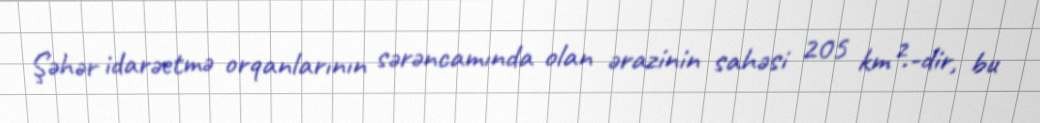
Şəhər idarəetmə orqanlarının sərəncamında olan ərazinin sahəsi 205 km².-dir, bu